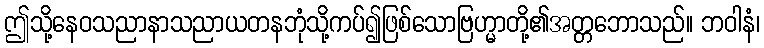
ဤသို့နေဝသညာနာသညာယတနဘုံသို့ကပ်၍ဖြစ်သောဗြဟ္မာတို့၏အတ္တဘောသည်။ ဘဝါနံ၊